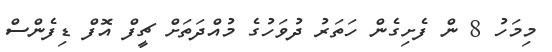
މިމަހު 8 ން ފެށިގެން ހަތަރު ދުވަހުގެ މުއްދަތަށް ޗީފް އޮފް ޑިފެންސް